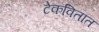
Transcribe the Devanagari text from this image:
टेकवितात